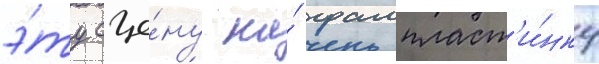
э́ту сце́ну на́ грампласт'и́нку